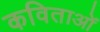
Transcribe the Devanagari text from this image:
कविताओंं